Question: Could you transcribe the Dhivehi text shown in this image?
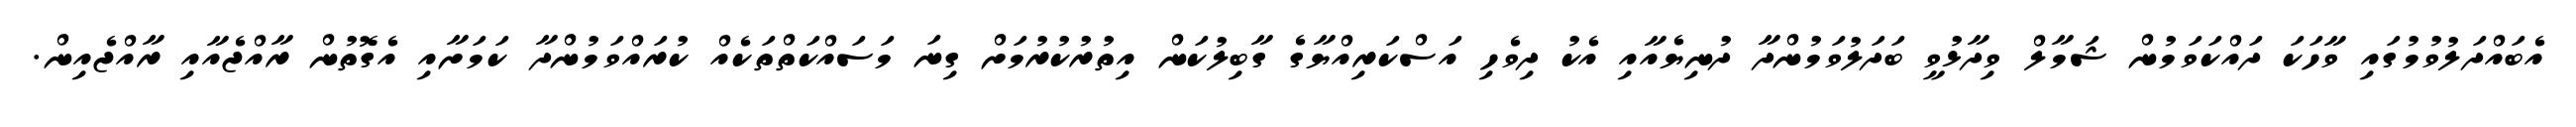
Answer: އެބައްދަލުވުމުގައި ވާހަކަ ދައްކަވަމުން ޝަމާލް ވިދާޅުވީ ބަދަލުވަމުންދާ ދުނިޔެއާއި އެކު ދިވެހި އަސްކަރިއްޔާގެ ގާބިލުކަން އިތުރުކުރުމަށް ގިނަ މަސައްކަތްތަކެއް ކުރައްވަމުންދާ ކަމަށާއި އެގޮތުން ރާއްޖެއާއި ރާއްޖެއިން.